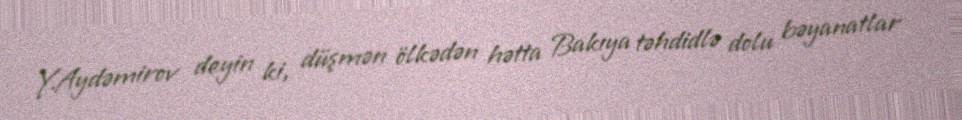
Y.Aydəmirov deyin ki, düşmən ölkədən hətta Bakıya təhdidlə dolu bəyanatlar